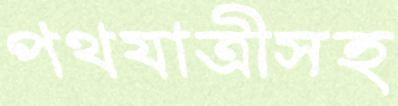
পথযাত্রীসহ